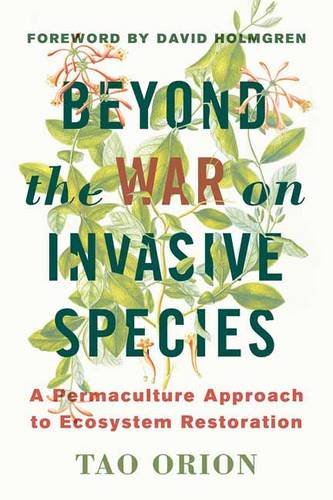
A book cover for Beyond the War on Invasive Species: A Permaculture Approach to Ecosystem Restoration; Tao Orion; Science & Math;